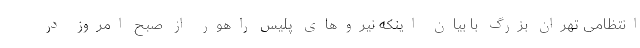
انتظامی تهران بزرگ با بیان اینکه نیروهای پلیس راهور از صبح امروز در